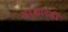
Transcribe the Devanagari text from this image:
अर्काटही